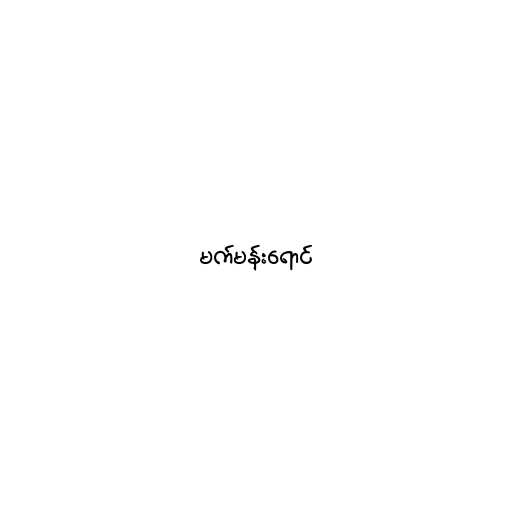
မက်မန်းရောင်